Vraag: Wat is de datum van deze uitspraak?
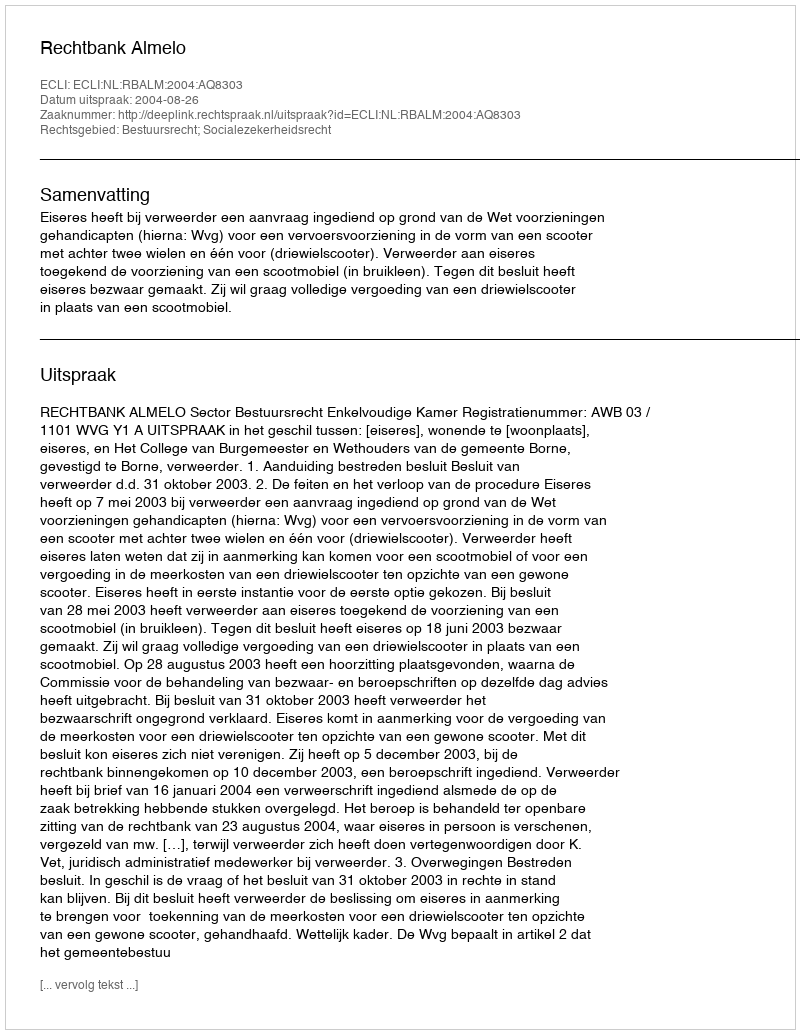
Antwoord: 2004-08-26